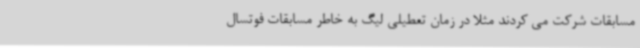
مسابقات شرکت می کردند مثلا در زمان تعطیلی لیگ به خاطر مسابقات فوتسال